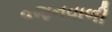
વજનવાળી